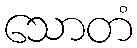
သောတံ